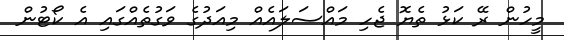
މީހުން ރޭ ކަޅު ތެޔޮ ޖެހި މައްސަލައެއް މިއަދުގެ ވަގުތެއްގައި އެ ކޯޓުން